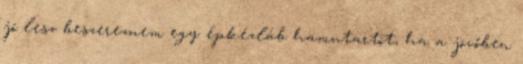
jó lesz beszereznem egy épkézláb hamutartót, ha a jövőben